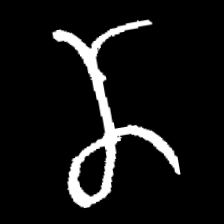
Pyu character \u2014 Myanmar letter: ဏ (romanized: nna)